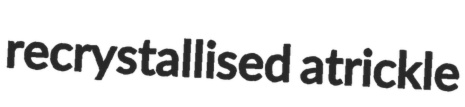
recrystallised atrickle